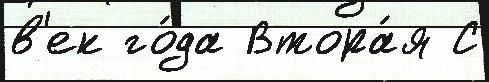
в'ек го́да Втора́я С